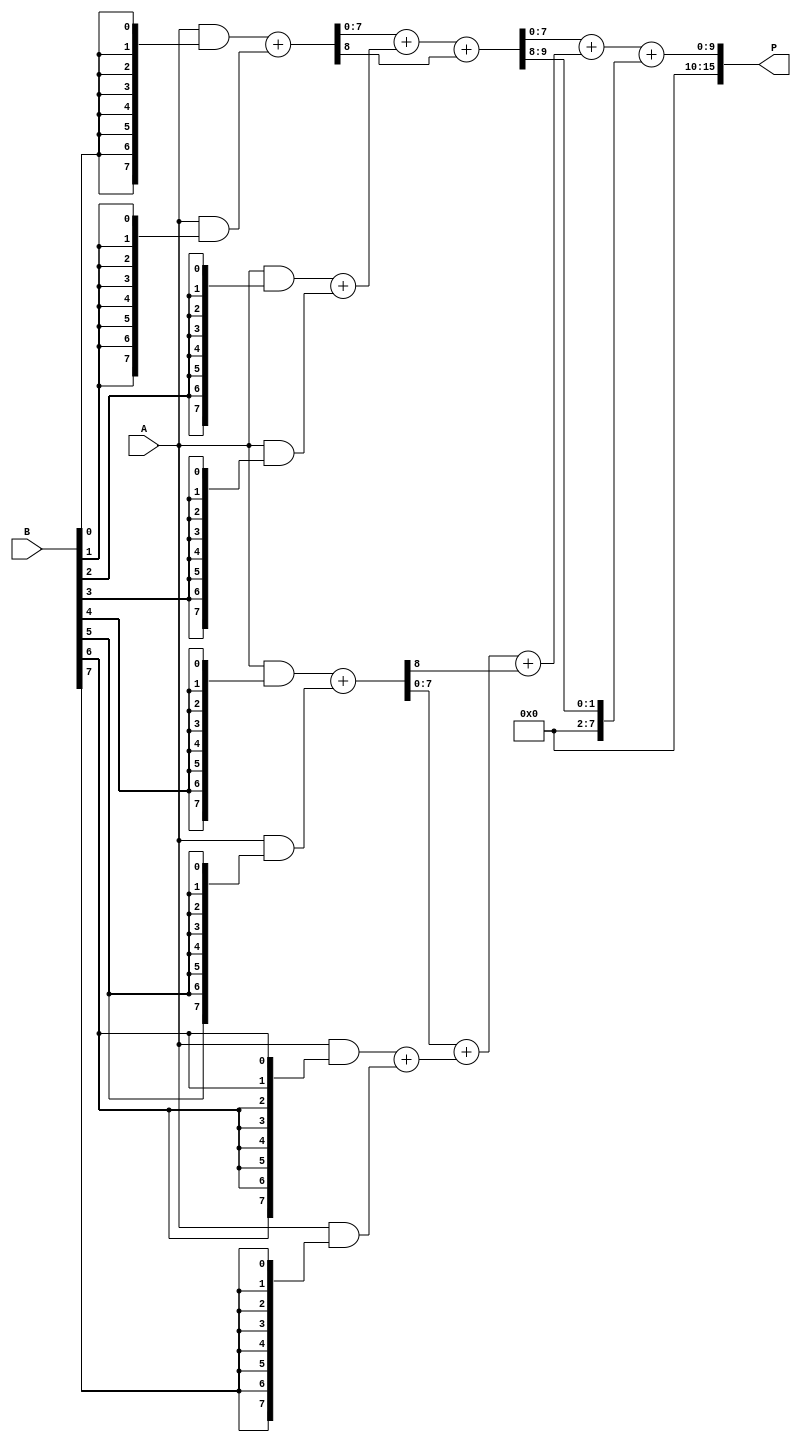
module WallaceTreeMultiplier #(parameter n = 8) (
    input  wire [n-1:0] A,  // Multiplicand A
    input  wire [n-1:0] B,  // Multiplicand B
    output wire [2*n-1:0] P // Product P
);

    // Partial product generation
    wire [n-1:0] pp [0:n-1]; // Partial products
    genvar i;
    generate
        for (i = 0; i < n; i = i + 1) begin : pp_gen
            assign pp[i] = A & {n{B[i]}}; // Generate partial products
        end
    endgenerate

    // Wallace tree reduction
    wire [n-1:0] sum [0:n-1]; // Sums at each stage
    wire [n-1:0] carry [0:n-1]; // Carries at each stage

    // Stage 1: Combine partial products
    wire [n-1:0] stage1_sum [0:n/2-1];
    wire [n-1:0] stage1_carry [0:n/2-1];

    generate
        for (i = 0; i < n/2; i = i + 1) begin : stage1
            assign {stage1_carry[i], stage1_sum[i]} = pp[2*i] + pp[2*i + 1];
        end
    endgenerate

    // Stage 2: Combine results from Stage 1
    wire [n-1:0] stage2_sum [0:n/4-1];
    wire [n-1:0] stage2_carry [0:n/4-1];

    generate
        for (i = 0; i < n/4; i = i + 1) begin : stage2
            assign {stage2_carry[i], stage2_sum[i]} = stage1_sum[2*i] + stage1_sum[2*i + 1] + stage1_carry[2*i];
        end
    endgenerate

    // Continue this process until we have two rows left
    // Final stage: Combine the last two rows
    wire [n-1:0] final_sum;
    wire [n-1:0] final_carry;

    assign {final_carry, final_sum} = stage2_sum[0] + stage2_sum[1] + stage2_carry[0];

    // Final addition to produce the product
    assign P = {final_carry, final_sum};

endmodule